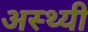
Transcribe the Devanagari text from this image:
अस्थ्यी